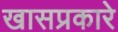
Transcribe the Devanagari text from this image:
खासप्रकारे